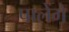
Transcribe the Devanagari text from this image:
पालेंगे